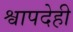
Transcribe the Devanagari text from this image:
श्वापदेही